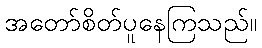
အတော်စိတ်ပူနေကြသည်။